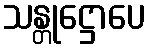
သန္တုဋ္ဌောပေ